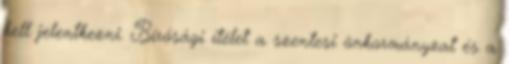
kell jelentkezni. Bírósági ítélet a szentesi önkormányzat és a